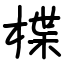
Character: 楪